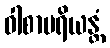
ဝါစာပရိယန္တံ